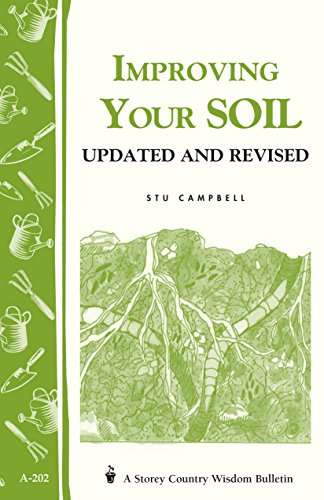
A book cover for Improving Your Soil: Storey's Country Wisdom Bulletin A-202 (Storey Country Wisdom Bulletin); Stu Campbell; Crafts, Hobbies & Home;